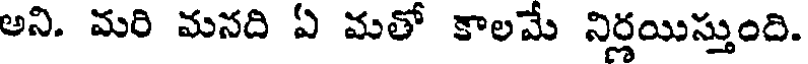
అని. మరి మనది ఏ మతో కాలమే నిర్లయిస్తుంది.